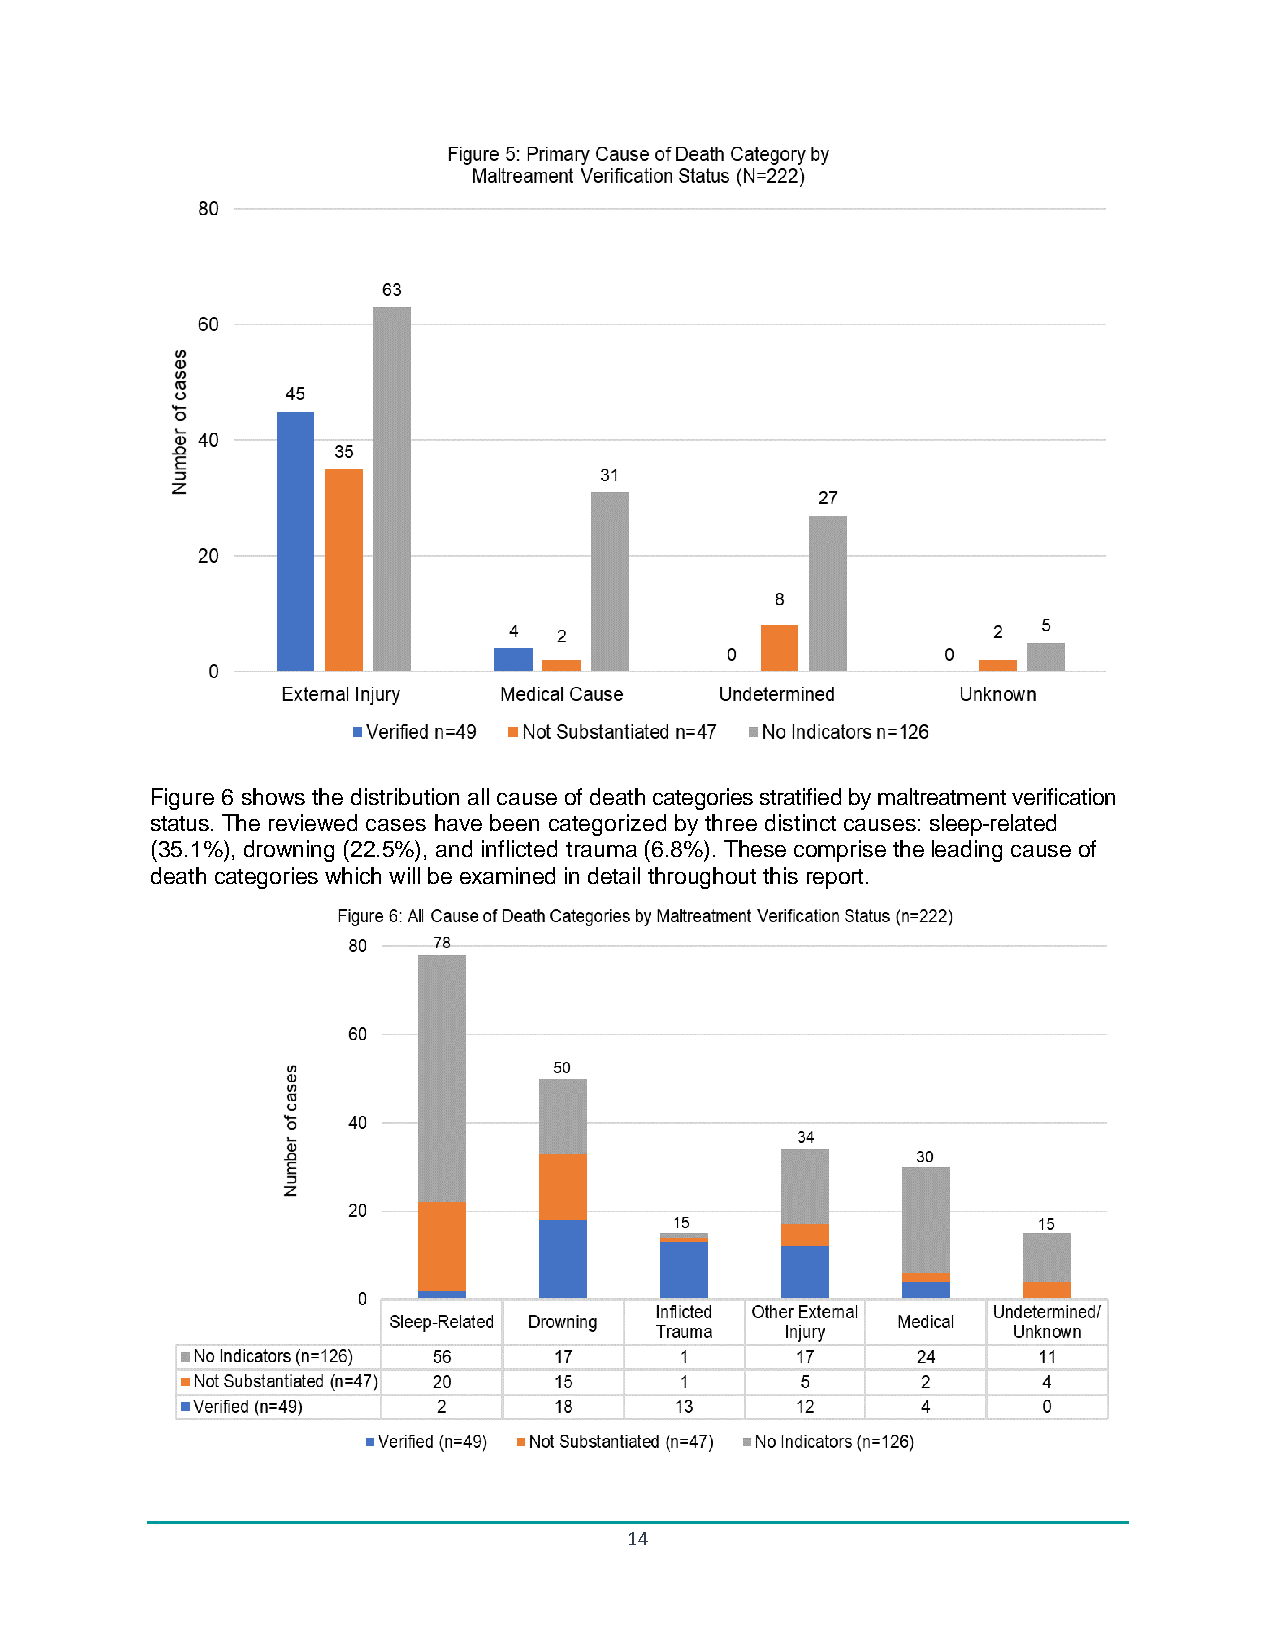
Figure 6 shows the distribution all cause of death categories stratified by maltreatment verification
 status. The reviewed cases have been categorized by three distinct causes: sleep-related
 (35.1%), drowning (22.5%), and inflicted trauma (6.8%). These comprise the leading cause of
 death categories which will be examined in detail throughout this report.
 14